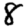
Digit: 8